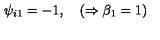
\psi _ { i 1 } = - 1 , \quad ( \Rightarrow \beta _ { 1 } = 1 )